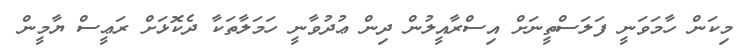
މިކަން ހާމަވަނީ ފަލަސްތީނަށް އިސްރާއީލުން ދިން ޢުދުވާނީ ހަމަލާތަކާ ދެކޮޅަށް ރަޢީސް ޔާމީން